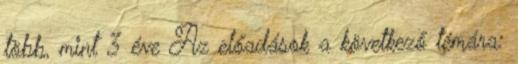
több, mint 3 éve Az előadások a következő témára: